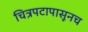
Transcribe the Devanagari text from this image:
चित्रपटापासूनच